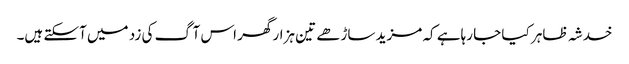
خدشہ ظاہر کیا جا رہاہے کہ مزید ساڑھے تین ہزار گھر اس آگ کی زد میں آسکتے ہیں۔